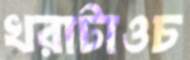
খরাটাওচ